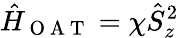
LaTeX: \hat{H}_{\mathrm{~O~A~T~}}=\chi\hat{S}_{z}^{2}